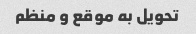
تحویل به موقع و منظم